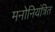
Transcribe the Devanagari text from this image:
मनोनियंत्रित